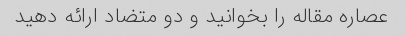
عصاره مقاله را بخوانید و دو متضاد ارائه دهید